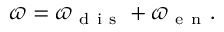
\varpi = \varpi _ { \mathrm { ~ d ~ i ~ s ~ } } + \varpi _ { \mathrm { ~ e ~ n ~ } } .